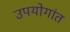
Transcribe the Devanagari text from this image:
उपयोगांत